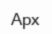
Арх